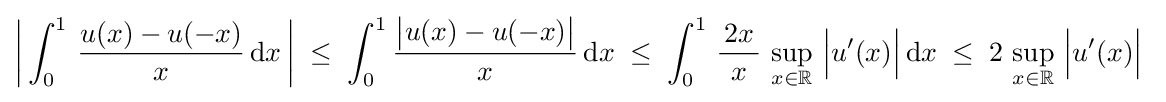
\left|\,\int _{0}^{1}\,{\frac {u(x)-u(-x)}{x}}\,\mathrm {d} x\,\right|\;\leq \;\int _{0}^{1}{\frac {{\bigl |}u(x)-u(-x){\bigr |}}{x}}\,\mathrm {d} x\;\leq \;\int _{0}^{1}\,{\frac {\,2x\,}{x}}\,\sup _{x\in \mathbb {R} }\,{\Bigl |}u'(x){\Bigr |}\,\mathrm {d} x\;\leq \;2\,\sup _{x\in \mathbb {R} }\,{\Bigl |}u'(x){\Bigr |}~